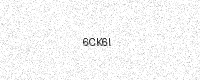
Text: 6CK6I